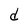
Character: d